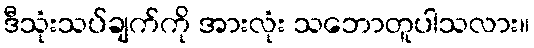
ဒီသုံးသပ်ချက်ကို အားလုံး သဘောတူပါသလား။